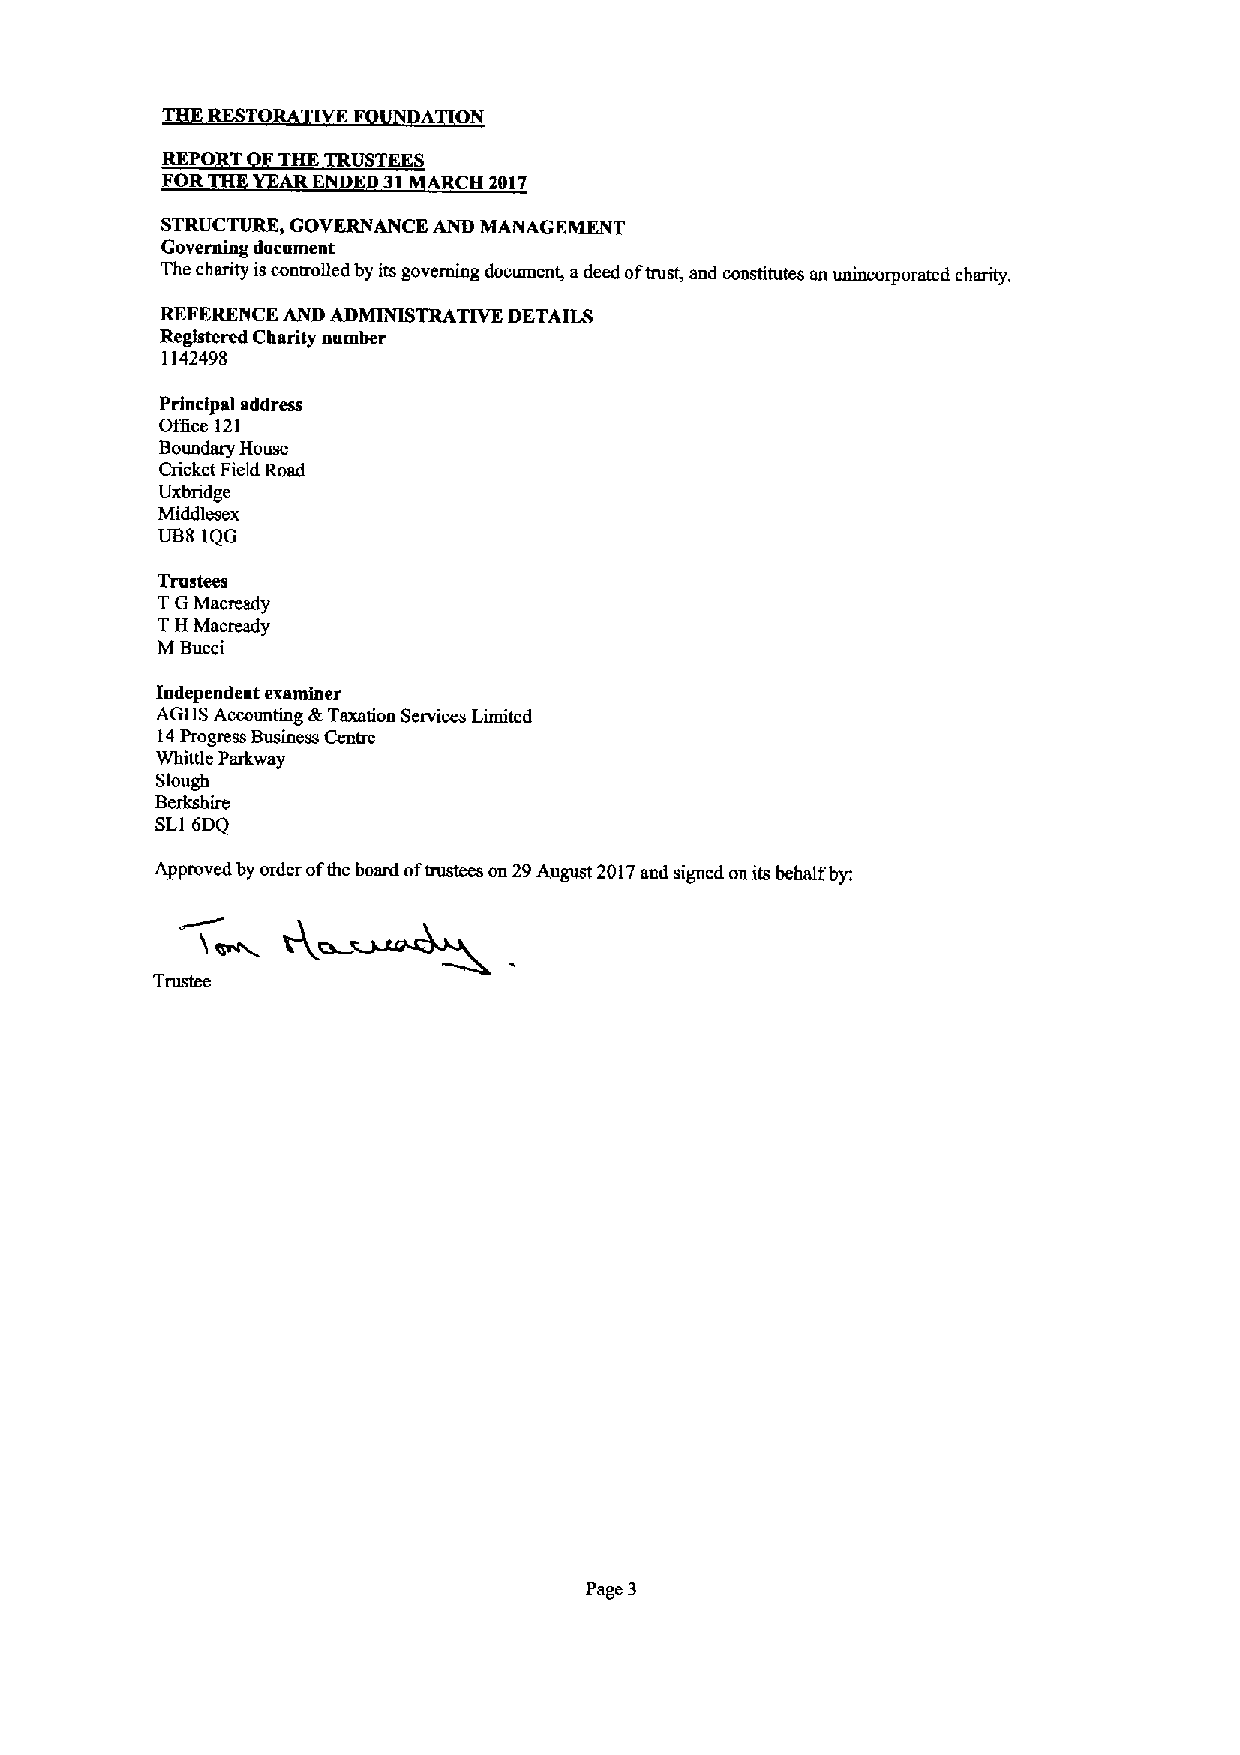
RES O  IVEF   A ON
 REPO   THE TRUSTEES
 FOR    AR E   31 ARCH 2017
 STRUCTURE, GOVERNANCE AND MANAGEMENT
 Governing document
 The charity iscontrolled by its governing document, adeed oftrust, and constitutes an unincorporated charity,
 REFERENCE AND ADMINISTRATIVE DETAILS
 Registered Charity number
 1142498
 Principal address
 Ofhce 121
 Boundary House
 Cricket Field Road
 Uxbridge
 Middlesex
 UB8 1QG
 Trustees
 TGMacready
 TH Macready
 MBucci
 Iadependeat examiner
 AGHS Accounting SkTaxation Services Limited
 14Progress Business Centre
 Whittle Parkway
 Slough
 Berkshire
 SLI 6DQ
 Approved by order ofthe board oftrustees on 29August 2017and signed on its behalf by.
 Trustee
 Page 3